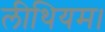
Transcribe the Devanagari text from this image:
लीथियम।